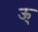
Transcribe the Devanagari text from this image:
ऊ्